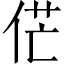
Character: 𠉋